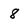
Character: 8